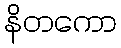
နိတကော